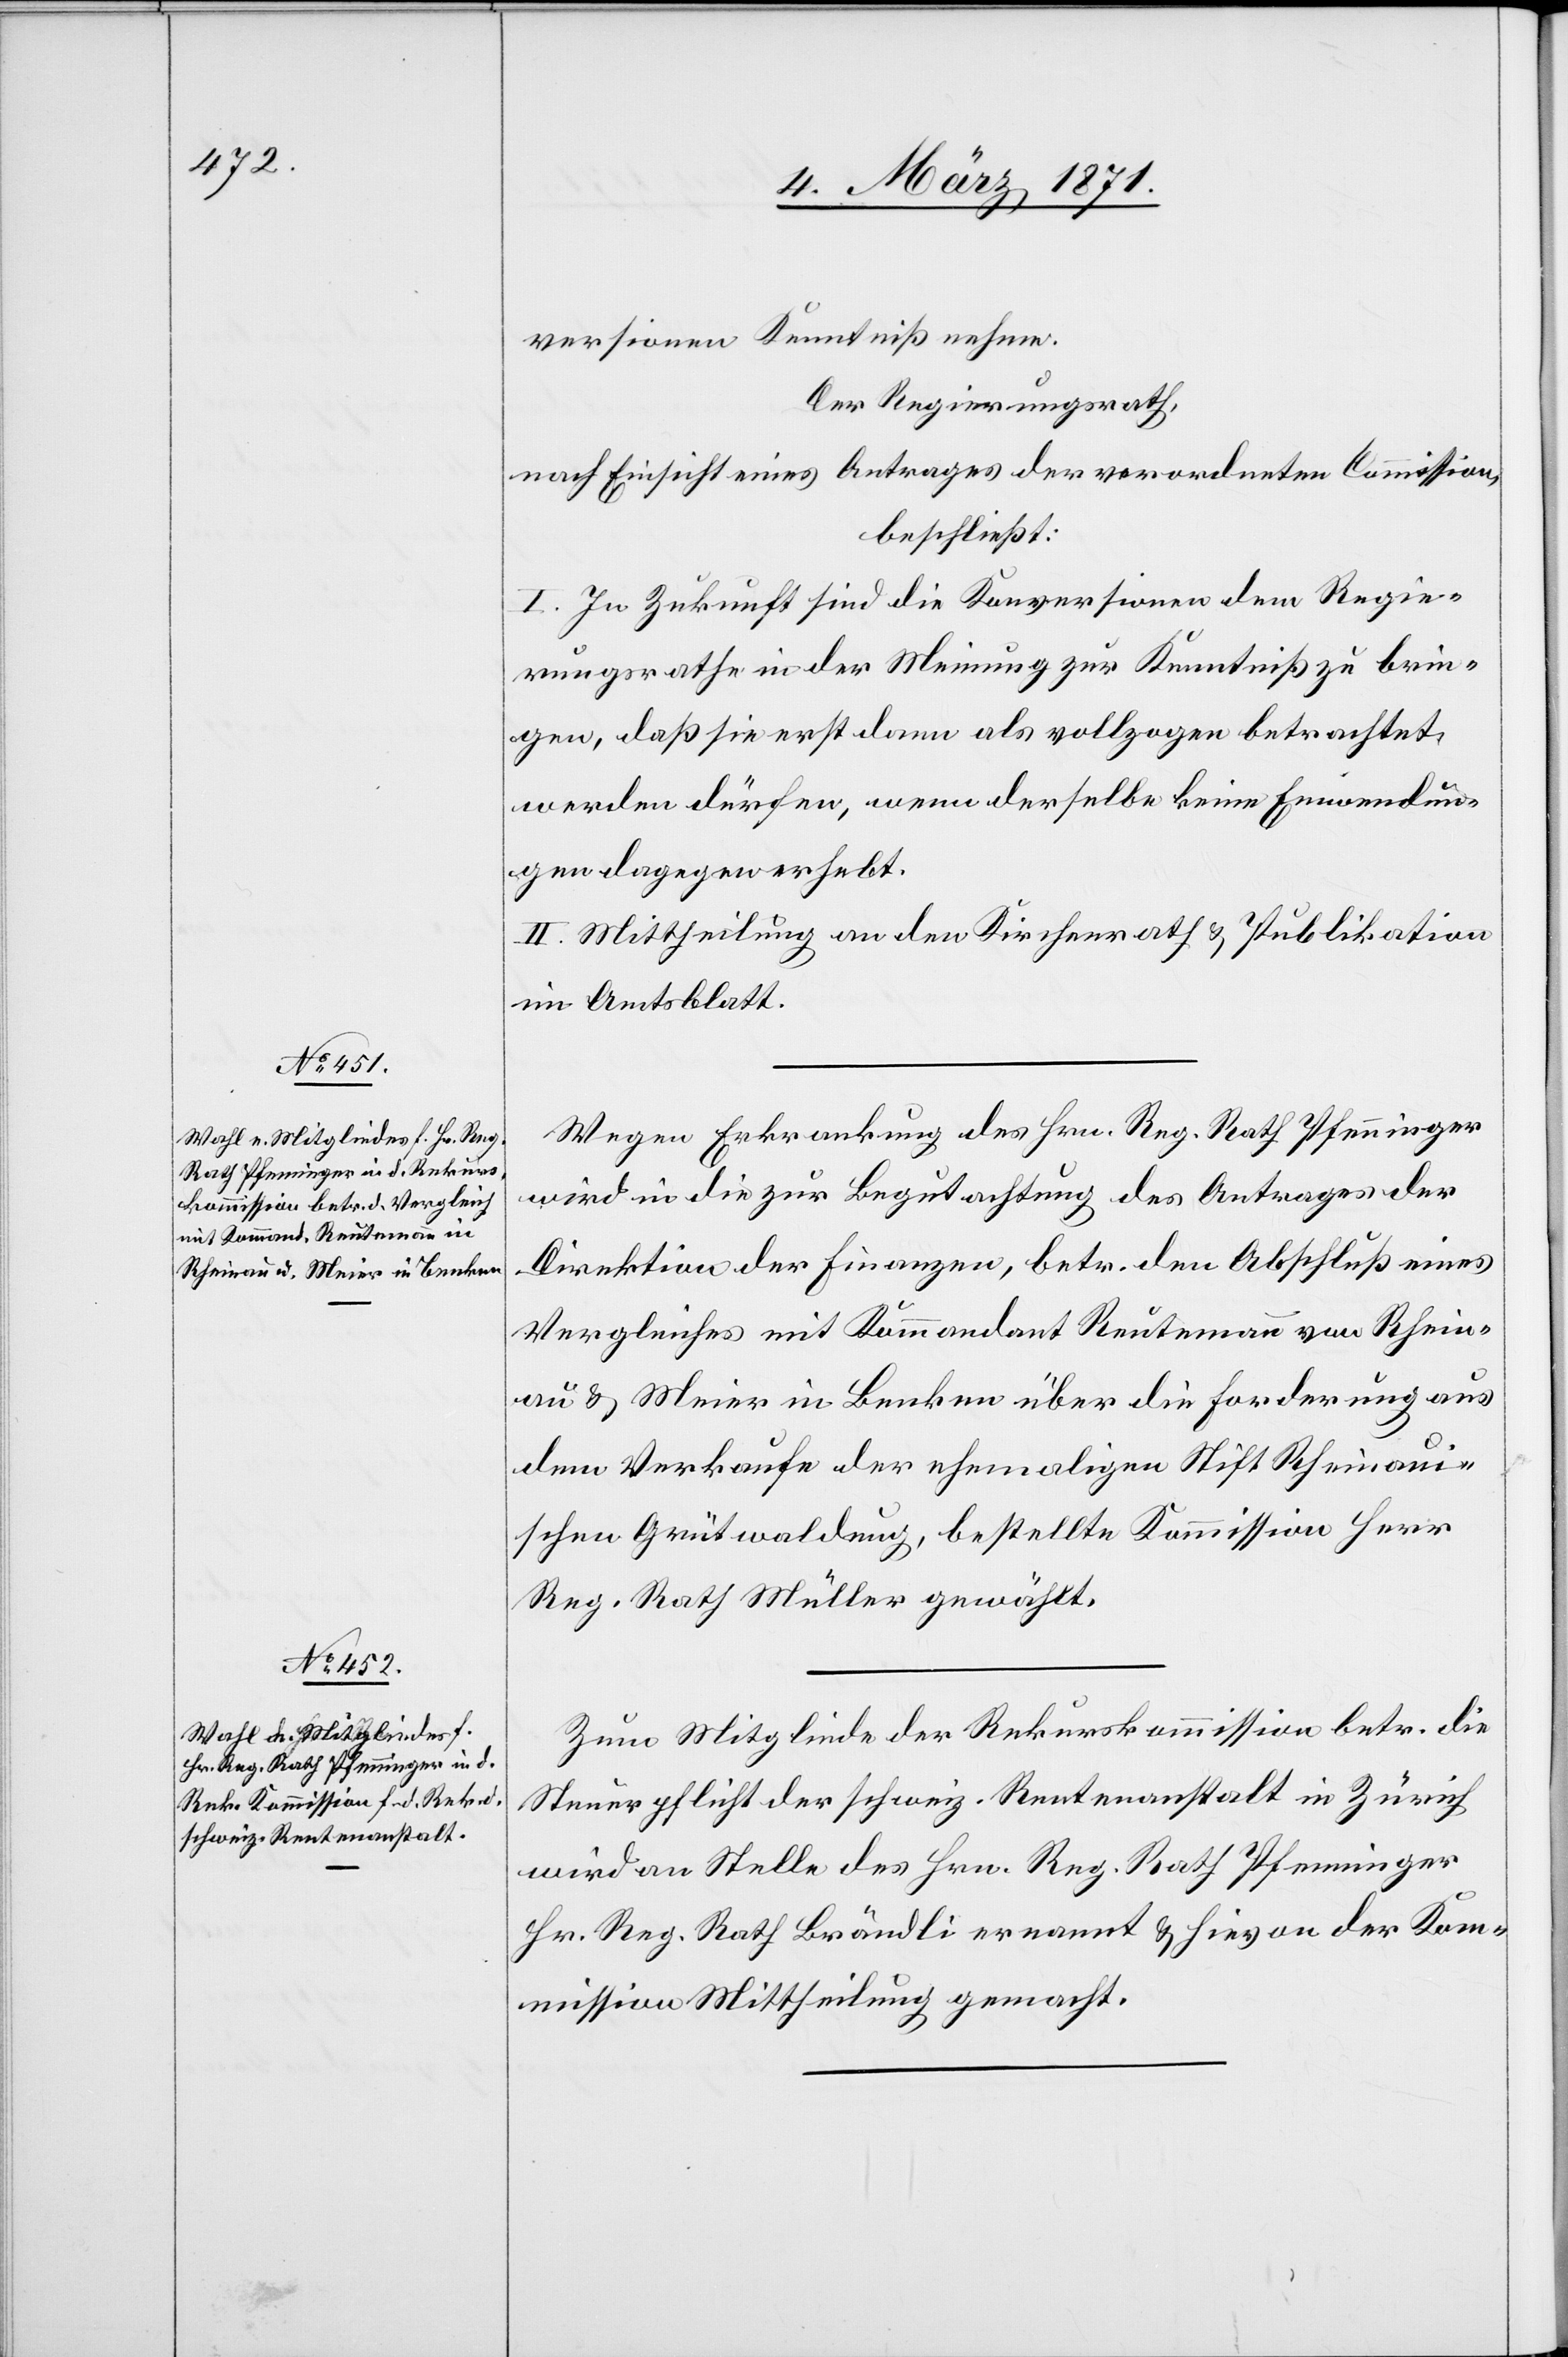
versionen Kenntniß nehme.
Der Regierungsrath,
nach Einsicht eines Antrages der verordneten Commission,
beschließt:
I. In Zukunft sind die Konversionen dem Regie¬
rungsrathe in der Meinung zur Kenntniß zu brin¬
gen, daß sie erst dann als vollzogen betrachtet
werden dürfen, wenn derselbe keine Einwendun¬
gen dagegen erhebt.
II. Mittheilung an den Kirchenrath u. Publikation
im Amtsblatt.
Wegen Erkrankung des Hrn. Reg. Rath Pfenninger
wird in die zur Begutachtung des Antrages der
Direktion der Finanzen, betr. den Abschluß eines
Vergleiches mit Kommandant Reutemann von Rhein¬
au u. Meier in Benken über die Forderung aus
dem Verkaufe der ehemaligen Stift Rheinau¬
ischen Grütwaldung, bestellte Kommission Herr
Reg. Rath Müller gewählt.
Zum Mitglied der Rekurskommission betr. die
Steuerpflicht der schweiz. Rentenanstalt in Zürich
wird an Stelle des Hrn. Reg. Rath Pfenninger
Hr. Reg. Rath Brändli ernannt u. hievon der Ko¬
mmission Mittheilung gemacht.